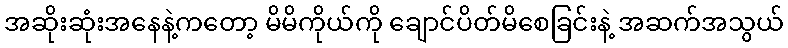
အဆိုးဆုံးအနေနဲ့ကတော့ မိမိကိုယ်ကို ချောင်ပိတ်မိစေခြင်းနဲ့ အဆက်အသွယ်